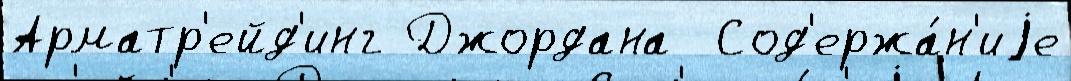
Арматр'ейд'инг Джордана  Сод'ержа́н'иjе